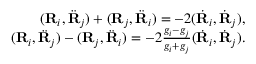
\begin{array} { r } { ( { \bf R } _ { i } , \ddot { \bf R } _ { j } ) + ( { \bf R } _ { j } , \ddot { \bf R } _ { i } ) = - 2 ( \dot { \bf R } _ { i } , \dot { \bf R } _ { j } ) , } \\ { ( { \bf R } _ { i } , \ddot { \bf R } _ { j } ) - ( { \bf R } _ { j } , \ddot { \bf R } _ { i } ) = - 2 \frac { g _ { i } - g _ { j } } { g _ { i } + g _ { j } } ( \dot { \bf R } _ { i } , \dot { \bf R } _ { j } ) . } \end{array}